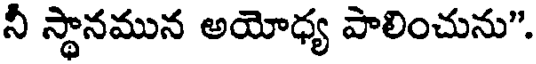
నీ స్థానమున అయోధ్య పాలించును".